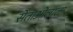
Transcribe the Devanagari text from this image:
सेंताओलाला